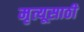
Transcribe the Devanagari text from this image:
मृत्यूसाठी